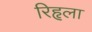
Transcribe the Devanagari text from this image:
रिहृला